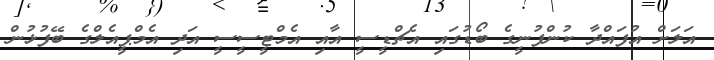
އަލަށް އުފައްދާ ކުންފުނީގެ ބޯޑުގައި އެޗްޑީސީ އާއި އެމްޓީސީސީ އަދި އެމްޕީއެލްގެ ބޭފުޅުން